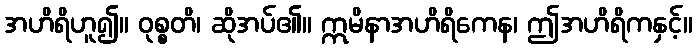
အဟိရိဟူ၍။ ဝုစ္စတိ၊ ဆိုအပ်၏။ ဣမိနာအဟိရိကေန၊ ဤအဟိရိကနှင့်။